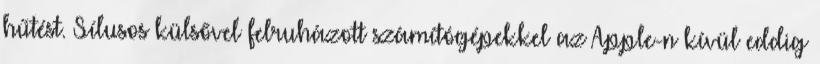
hűtést. Sílusos külsővel felruházott számítógépekkel az Apple-n kívül eddig